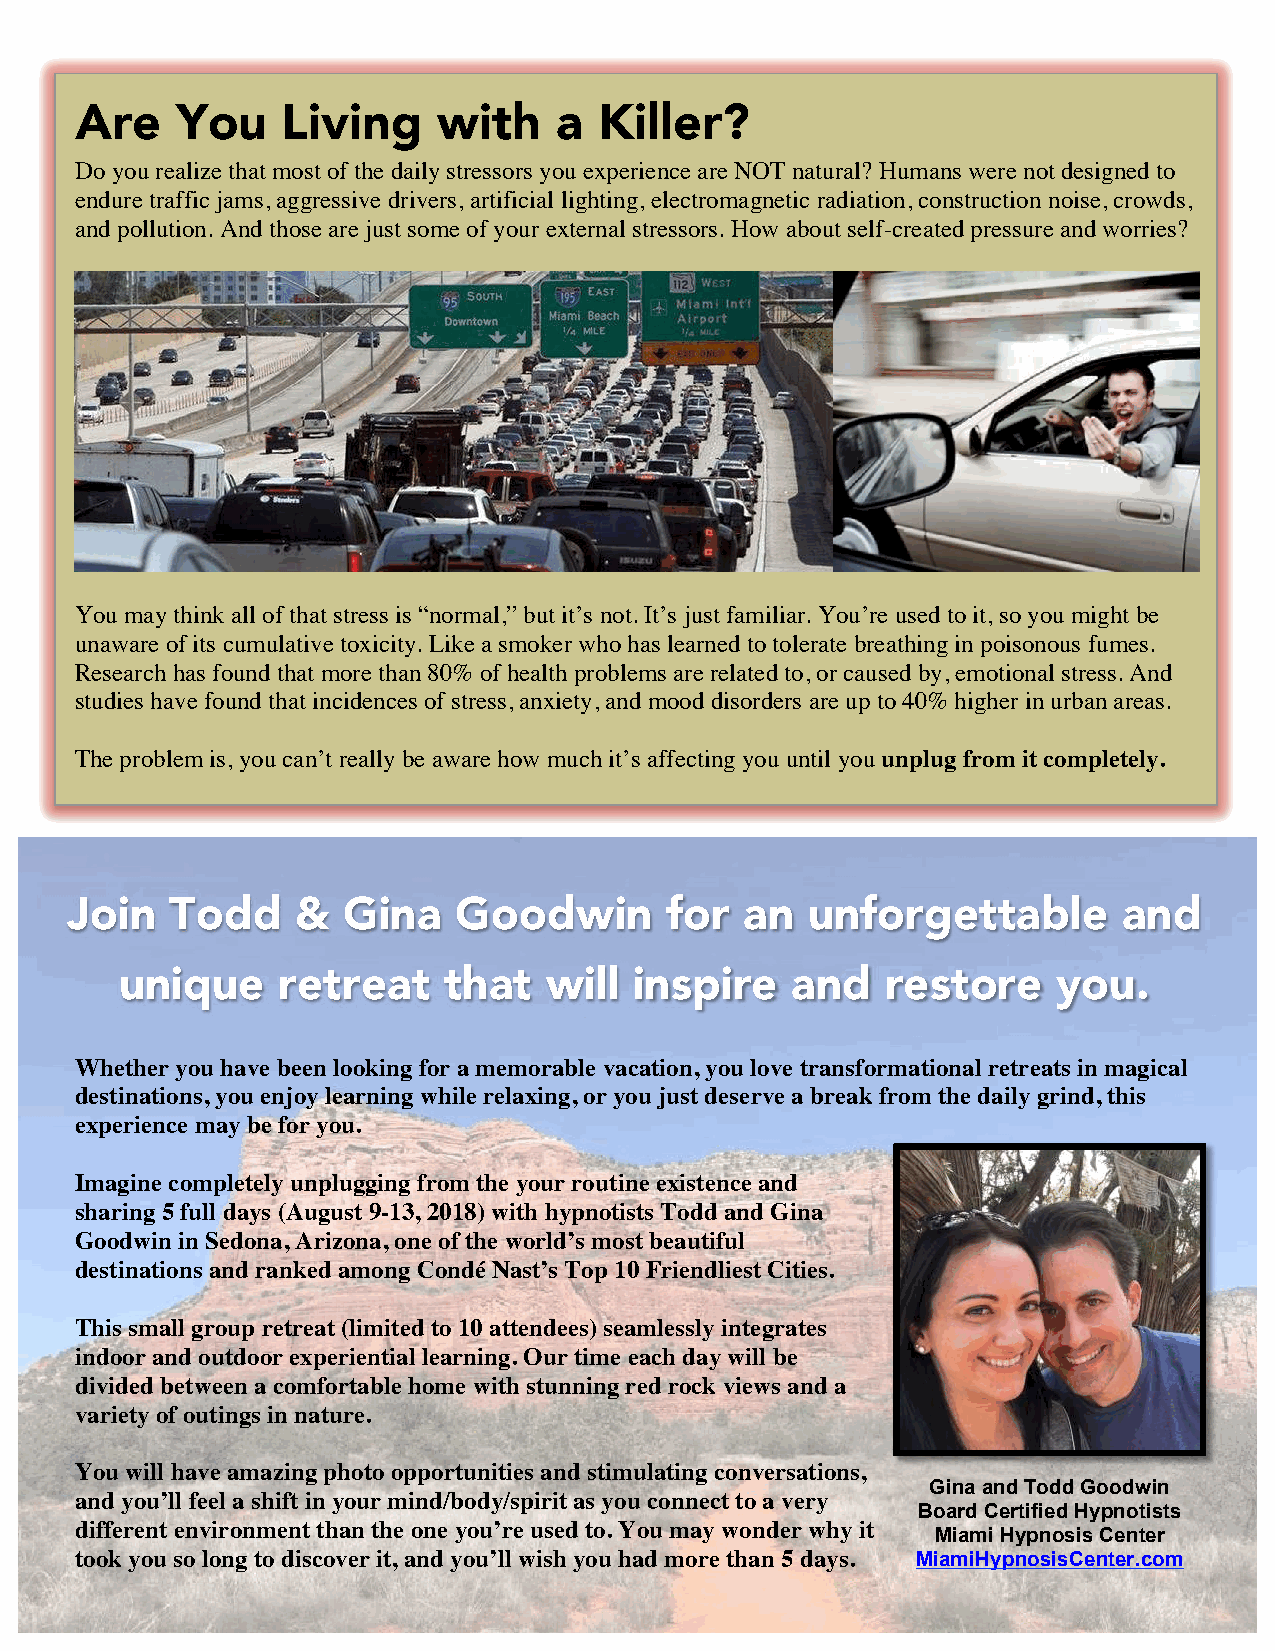
Are    You    Living    with    a  Killer?
 Do you realize that most of the daily stressors you experience are NOT natural? Humans were not designed to
 endure traffic jams, aggressive drivers, artificial lighting, electromagnetic radiation, construction noise, crowds,
 and pollution. And those are just some of your external stressors. How about self-created pressure and worries?
 You may think all of that stress is “normal,” but it’s not. It’s just familiar. You’re used to it, so you might be
 unaware of its cumulative toxicity. Like a smoker who has learned to tolerate breathing in poisonous fumes.
 Research has found that more than 80% of health problems are related to, or caused by, emotional stress. And
 studies have found that incidences of stress, anxiety, and mood disorders are up to 40% higher in urban areas.
 The problem is, you can’t really be aware how much it’s affecting you until you unplug from it completely.
 Join   Todd     &  Gina   Goodwin       for  an  unforgettable        and
 unique    retreat    that   will  inspire   and    restore    you.
 Whether you have been looking for a memorable vacation, you love transformational retreats in magical
 destinations, you enjoy learning while relaxing, or you just deserve a break from the daily grind, this
 experience may be for you.
 Imagine completely unplugging from the your routine existence and
 sharing 5 full days (August 9-13, 2018) with hypnotists Todd and Gina
 Goodwin in Sedona, Arizona, one of the world’s most beautiful
 destinations and ranked among Condé Nast’s Top 10 Friendliest Cities.
 This small group retreat (limited to 10 attendees) seamlessly integrates
 indoor and outdoor experiential learning. Our time each day will be
 divided between a comfortable home with stunning red rock views and a
 variety of outings in nature.
 You will have amazing photo opportunities and stimulating conversations,
 Gina and Todd Goodwin
 and you’ll feel a shift in your mind/body/spirit as you connect to a very
 Board Certified Hypnotists
 different environment than the one you’re used to. You may wonder why it
 Miami Hypnosis Center
 took you so long to discover it, and you’ll wish you had more than 5 days. MiamiHypnosisCenter.com